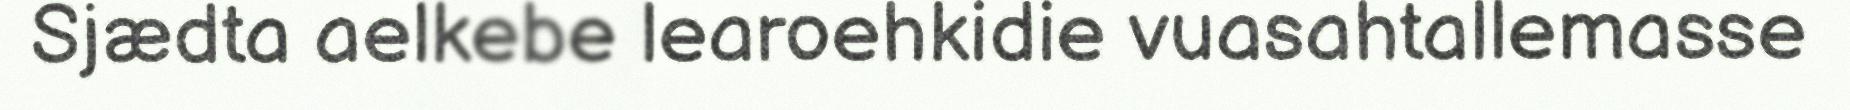
Sjædta aelkebe learoehkidie vuasahtallemasse